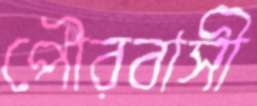
পৌরবাসী